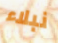
نبلاء